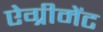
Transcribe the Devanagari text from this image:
ऐग्रीमेंट